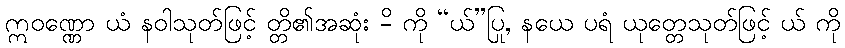
ဣဝဏ္ဏော ယံ နဝါသုတ်ဖြင့် တ္တိ၏အဆုံး -ိ ကို “ယ်”ပြု, နယေ ပရံ ယုတ္တေသုတ်ဖြင့် ယ် ကို